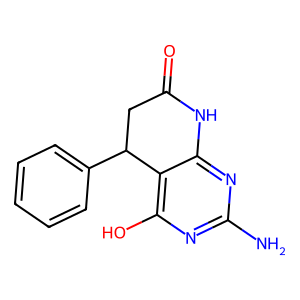
SMILES: Nc1nc(O)c2c(n1)NC(=O)CC2c1ccccc1
Inhibits HIV replication: No